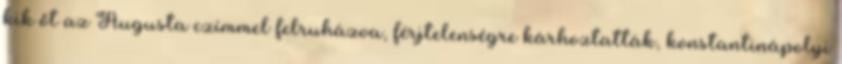
kik őt az Augusta czímmel felruházva, férjtelenségre kárhoztatták, konstantinápolyi